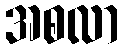
အစလာ